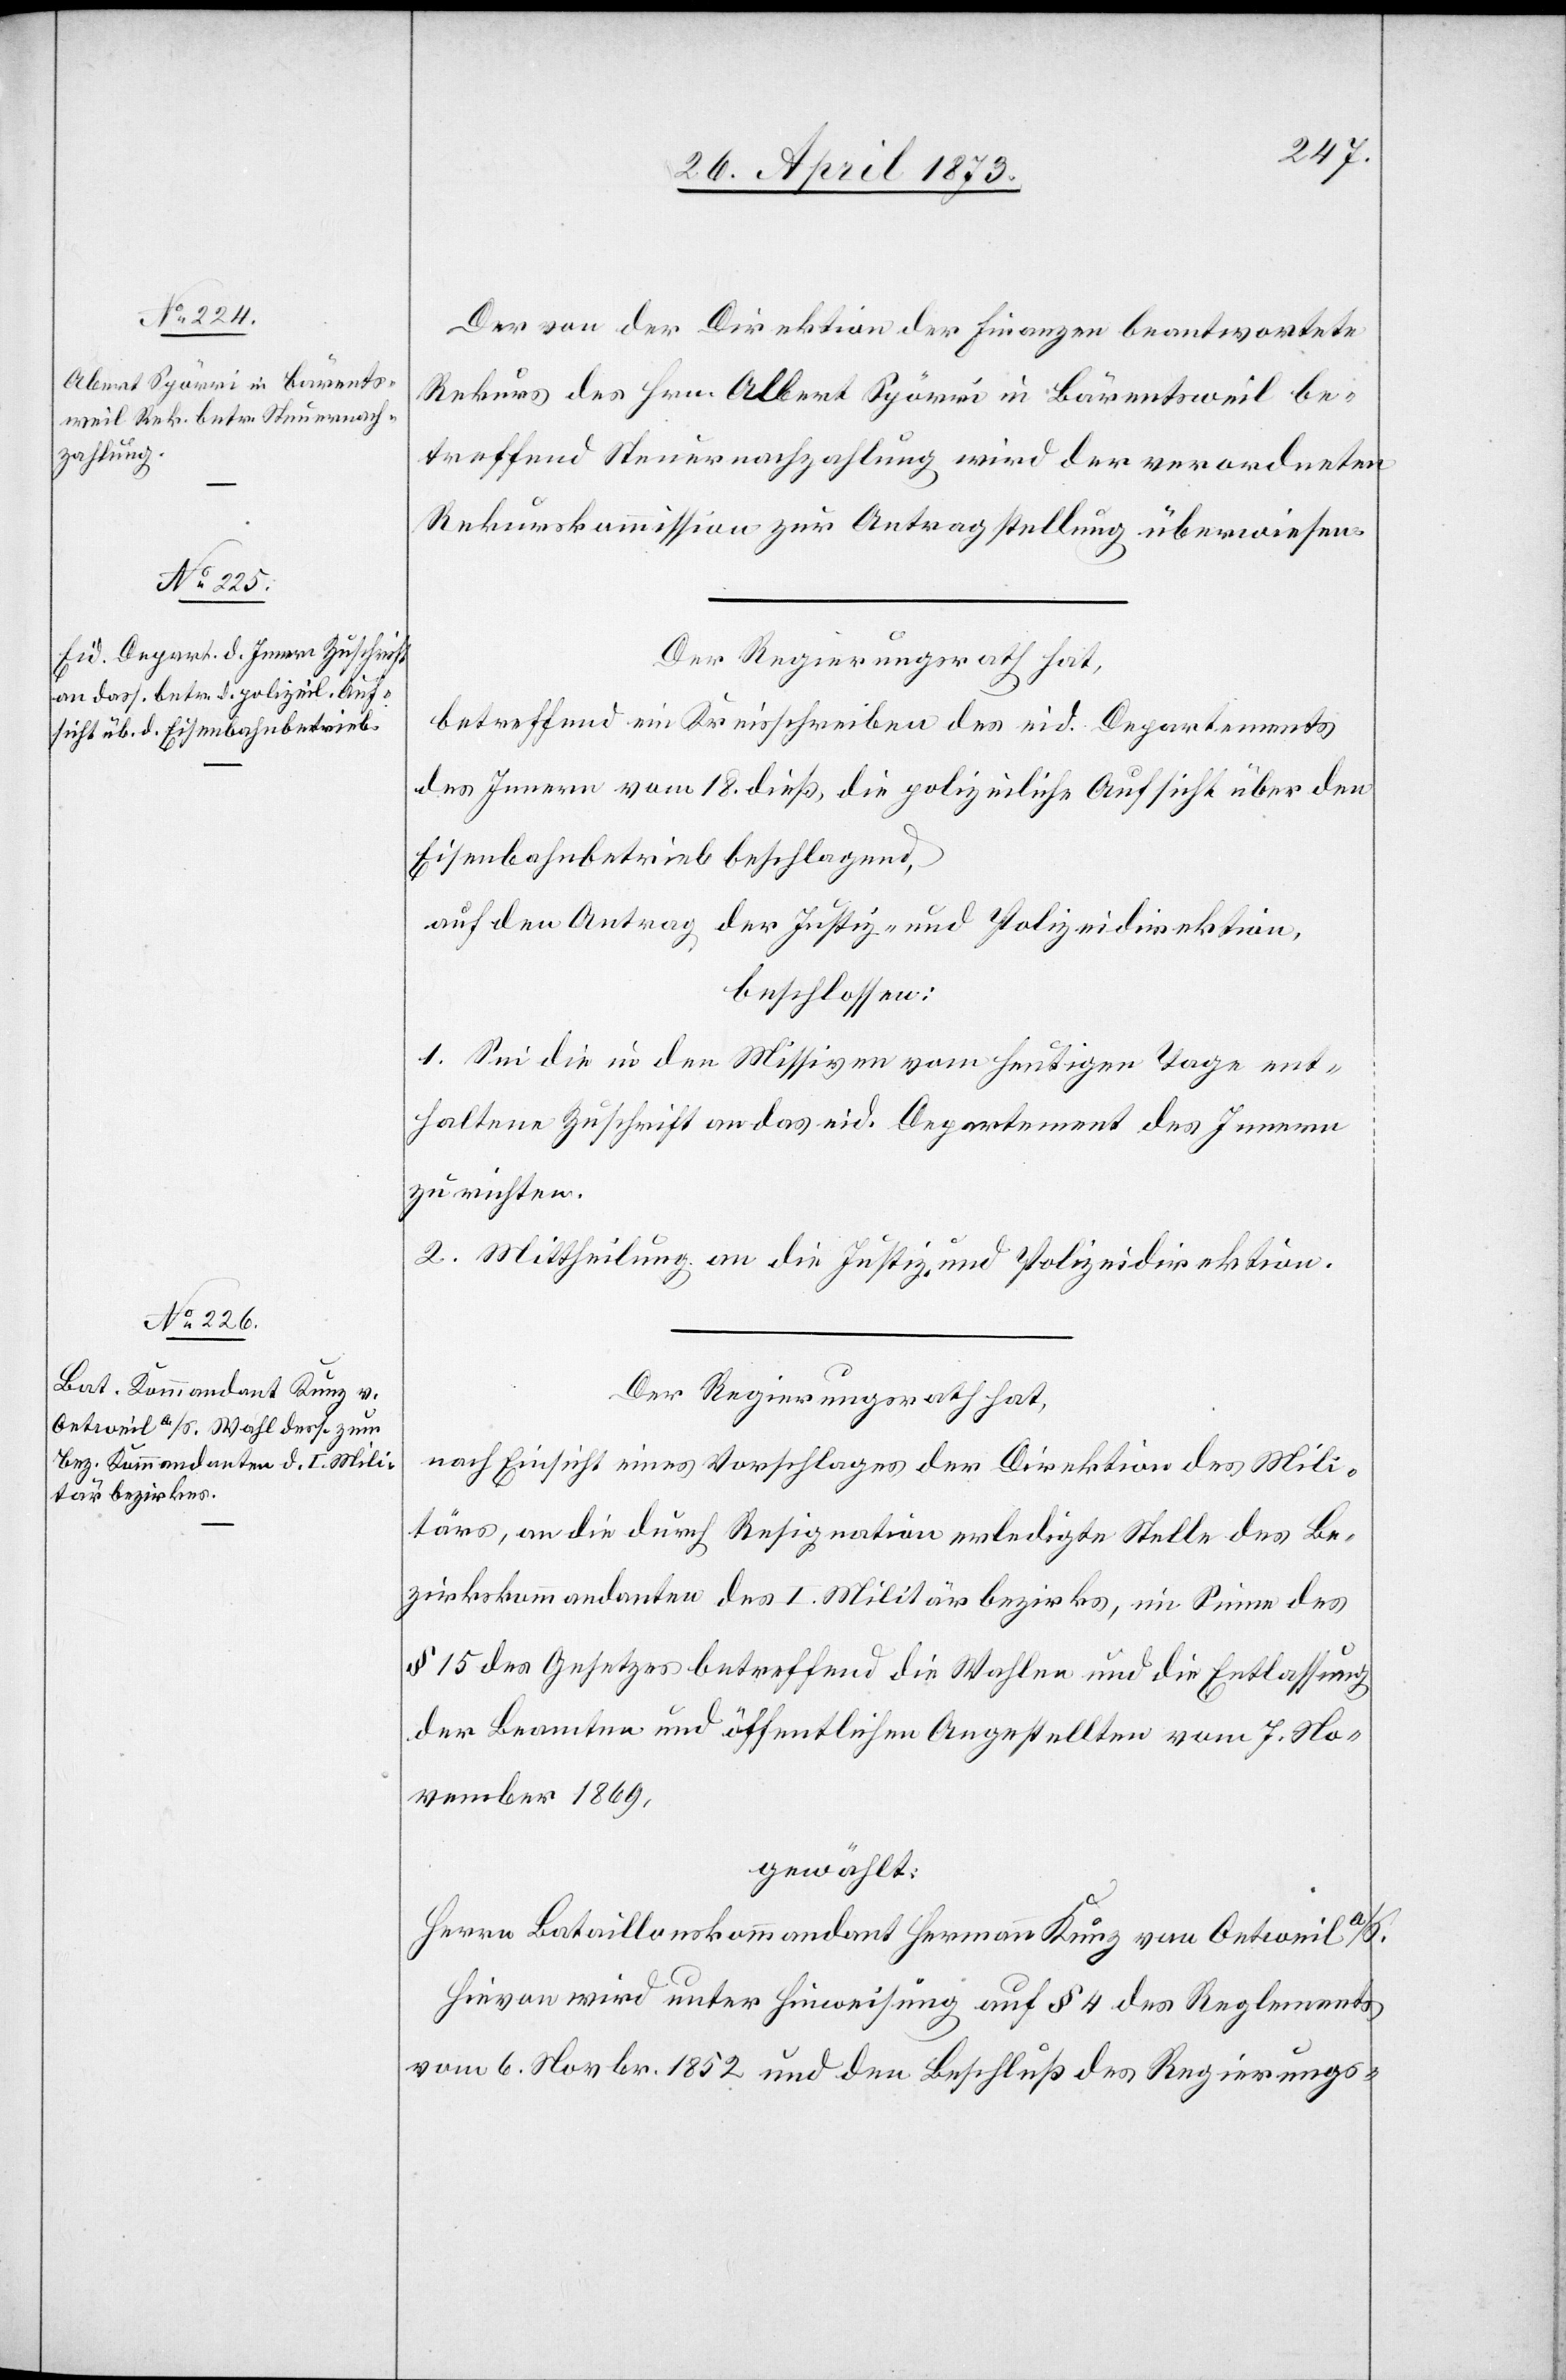
Der von der Direktion der Finanzen beantwortete
Rekurs des Hrn. Albert Spörri in Bärentsweil be¬
treffend Steuernachzahlung wird der verordneten
Rekurskommission zur Antragstellung überwiesen.
Der Regierungsrath hat,
betreffend ein Kreisschreiben des eid. Departements
des Innern vom 18. dieß, die polizeiliche Aufsicht über den
Eisenbahnbetrieb beschlagend,
auf den Antrag der Justiz- und Polizeidirektion,
beschlossen:
1. Sei die in den Missiven vom heutigen Tage ent¬
haltene Zuschrift an das eid. Departement des Innern
zu richten.
2. Mittheilung an die Justiz- und Polizeidirektion.
Der Regierungsrath hat,
nach Einsicht eines Vorschlages der Direktion des Mili¬
tärs, an die durch Resignation erledigte Stelle des Be¬
zirkskommandanten des I. Militärbezirks, im Sinne des
§ 15 des Gesetzes betreffend die Wahlen und die Entlassung
der Beamten und öffentlichen Angestellten vom 7. No¬
vember 1869,
gewählt:
Herrn Bataillonskommandant Hermann Kunz von Oetweil a/S.
Hievon wird unter Hinweisung auf § 4 des Reglements
vom 6. Novbr. 1852 und den Beschluß des Regierungs-